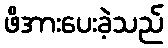
ဖိအားပေးခဲ့သည်